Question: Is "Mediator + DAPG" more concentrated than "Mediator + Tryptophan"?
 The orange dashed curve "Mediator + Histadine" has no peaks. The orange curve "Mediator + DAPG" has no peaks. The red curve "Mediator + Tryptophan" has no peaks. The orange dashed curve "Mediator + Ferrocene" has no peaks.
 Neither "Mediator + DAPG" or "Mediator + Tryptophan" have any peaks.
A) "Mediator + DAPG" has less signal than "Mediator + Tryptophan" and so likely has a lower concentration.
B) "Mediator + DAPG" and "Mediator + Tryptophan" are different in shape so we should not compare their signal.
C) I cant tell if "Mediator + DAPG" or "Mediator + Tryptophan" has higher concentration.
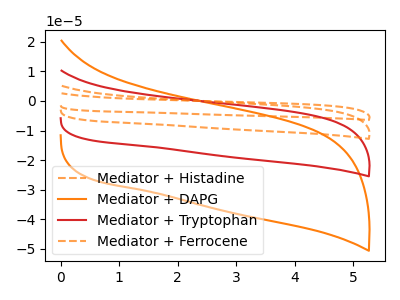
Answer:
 <answer>C) I cant tell if "Mediator + DAPG" or "Mediator + Tryptophan" has higher concentration.</answer>
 <eval>C</eval>